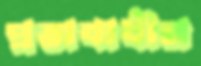
প্রভাবাধীন